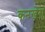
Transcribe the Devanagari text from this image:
कनखेरा